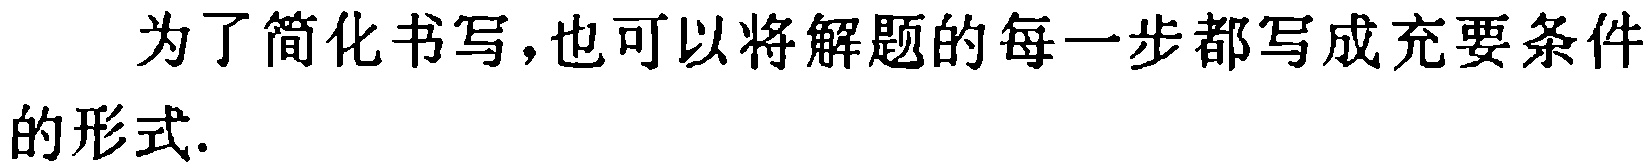
为了简化书写,也可以将解题的每一步都写成充要条件的形式.